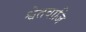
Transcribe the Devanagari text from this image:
श्वेतवाजि